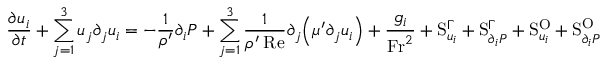
\frac { \partial u _ { i } } { \partial t } + \sum _ { j = 1 } ^ { 3 } u _ { j } \partial _ { j } u _ { i } = - \frac { 1 } { \rho ^ { \prime } } \partial _ { i } P + \sum _ { j = 1 } ^ { 3 } \frac { 1 } { \rho ^ { \prime } \: \mathrm { R e } } \partial _ { j } \Big ( \mu ^ { \prime } \partial _ { j } u _ { i } \Big ) + \frac { g _ { i } } { \mathrm { F r } ^ { 2 } } + \mathrm { S } _ { u _ { i } } ^ { \Gamma } + \mathrm { S } _ { \partial _ { i } P } ^ { \Gamma } + \mathrm { S } _ { u _ { i } } ^ { \mathrm { O } } + \mathrm { S } _ { \partial _ { i } P } ^ { \mathrm { O } }